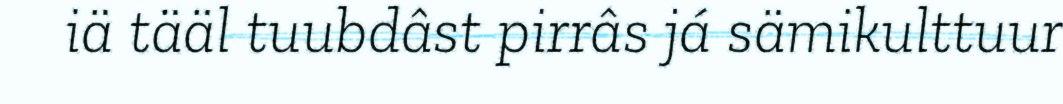
iä tääl tuubdâst pirrâs já sämikulttuur